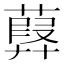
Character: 𦽸